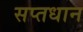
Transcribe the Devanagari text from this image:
सप्तधान